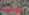
يومية